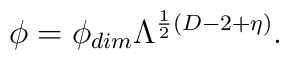
\phi = \phi_{dim} \Lambda^{\frac{1}{2}(D-2+\eta)}.